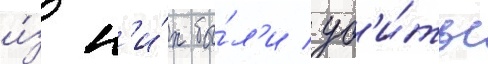
и́з н'и́х бы́л'и уб'и́ты